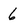
Character: 6